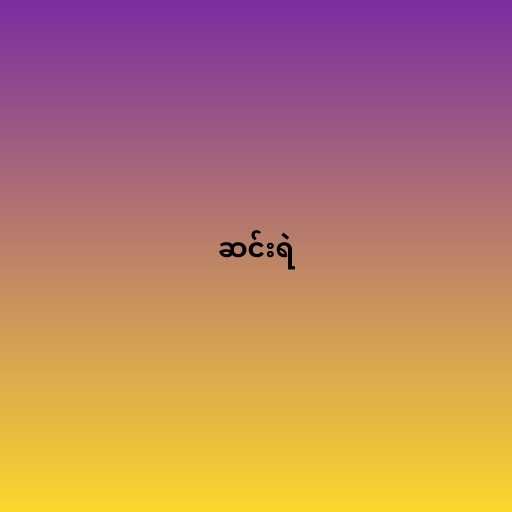
ဆင်းရဲ